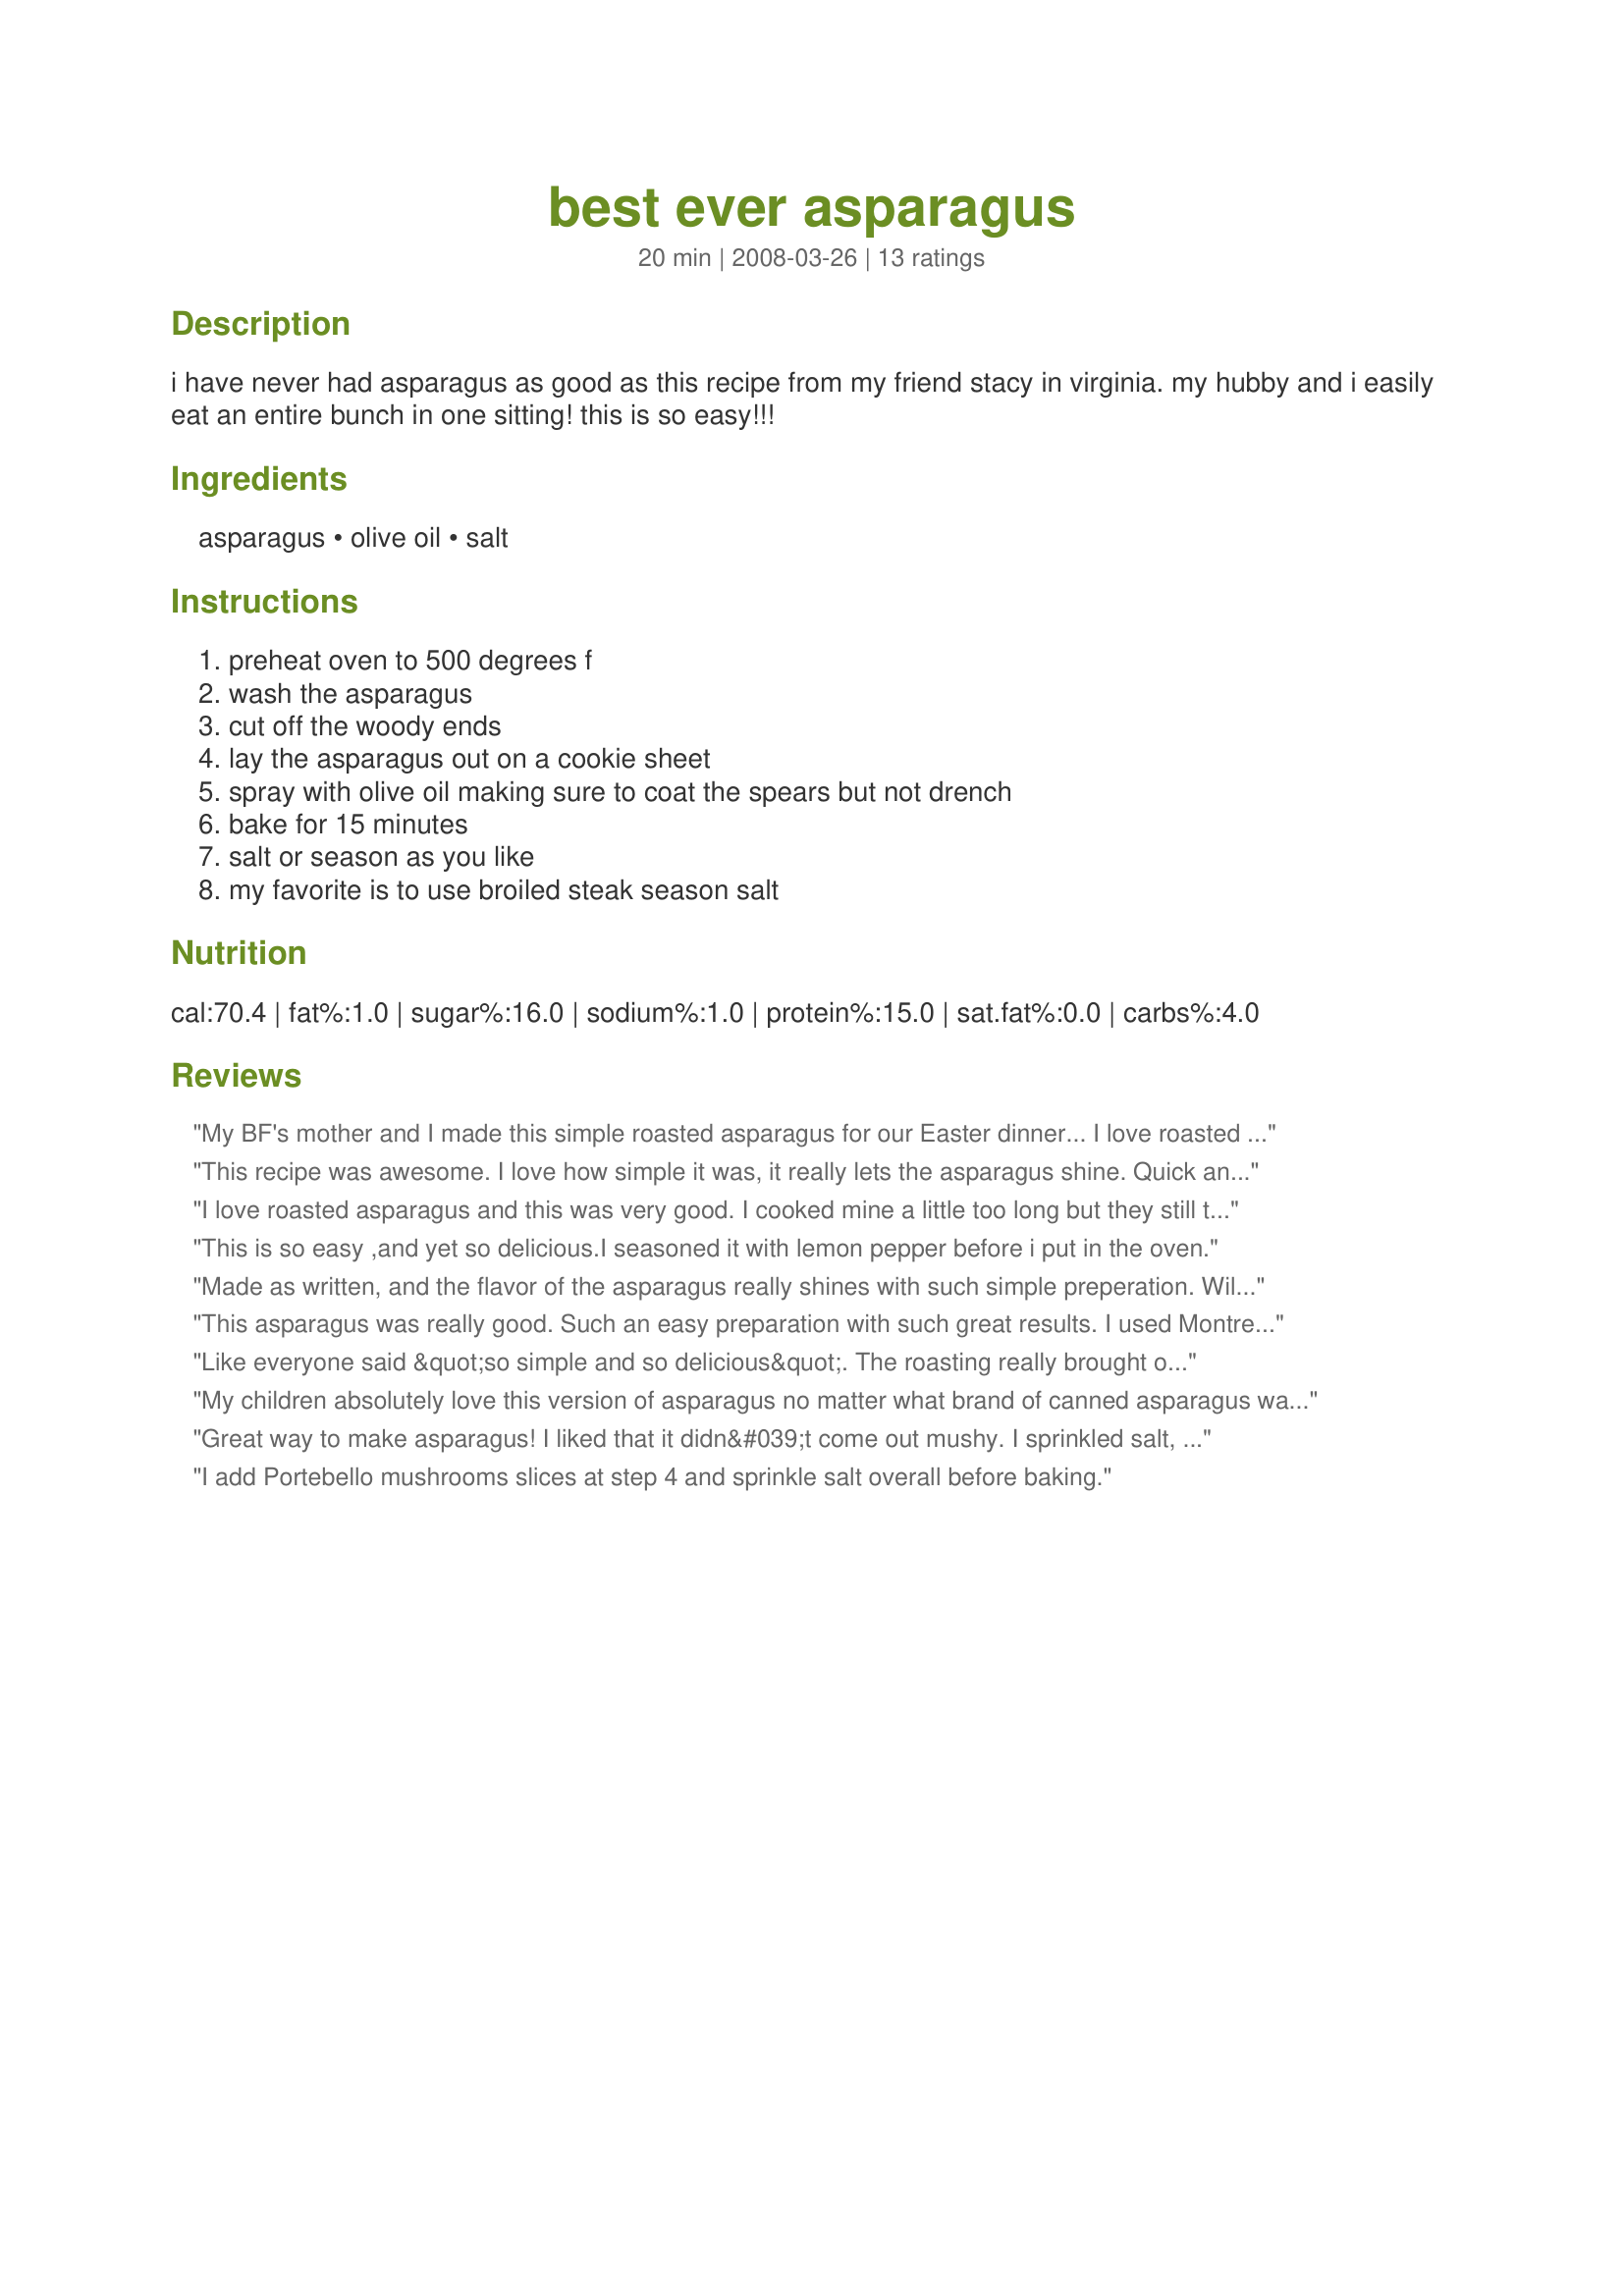
best ever asparagus
Preparation time: 20 minutes

i have never had asparagus as good as this recipe from my friend stacy in virginia. my hubby and i easily eat an entire bunch in one sitting! this is so easy!!!

Ingredients:
asparagus, olive oil, salt

Steps:
preheat oven to 500 degrees f, wash the asparagus, cut off the woody ends, lay the asparagus out on a cookie sheet, spray with olive oil making sure to coat the spears but not drench, bake for 15 minutes, salt or season as you like, my favorite is to use broiled steak season salt

Reviews:
My BF's mother and I made this simple roasted asparagus for our Easter dinner... I love roasted green beans and now I love asparagus... No more steaming for us!!! This way of preparing them really gives them so much more flavor... This really is the best ever roasted asparagus we have ever had!!! Thanks for sharing!!!
This recipe was awesome. I love how simple it was, it really lets the asparagus shine. Quick and really easy to make, delicious with a great nutty flavor and soft texture. I will be making this often, thank you for sharing. Made for Pac Spring Safar 2013.
I love roasted asparagus and this was very good. I cooked mine a little too long but they still tasted good. Thanks for sharing. Made for Best of 2013 Tag.
This is so easy ,and yet so delicious.I seasoned it with lemon pepper before i put in the oven.
Made as written, and the flavor of the asparagus really shines with such simple preperation. Will be making this again. Made for Spring 2013 PAC.
This asparagus was really good. Such an easy preparation with such great results. I used Montreal Steak Seasoning by McCormick to season the asparagus and I think there are endless possibilities for seasoning this dish. Thanks for a great and easy recipe!
Like everyone said &quot;so simple and so delicious&quot;. The roasting really brought out the flavor and everyone gobbled it down. No extra for me today...darn. Definately going to go in my Favorites of 2013 and will be made again. Thank you for posting. Made for Spring PAC 2013.
My children absolutely love this version of asparagus no matter what brand of canned asparagus was nothing but mush
Great way to make asparagus! I liked that it didn&#039;t come out mushy. I sprinkled salt, pepper and Parmesan cheese on it and ate way too many! Made for Best of 2013 Tag.
I add Portebello mushrooms slices at step 4 and sprinkle salt overall before baking.
This is the only way I make asparagus anymore. I like to grind a little fresh pepper over it and sprinkle it with Parmesan cheese before baking. My family won't eat it any other way now!
Awesome! Love technique and showcases asparagus! Thank you for sharing.
Very good, I think I used too much olive oil though, so it probably would have been better! I'll have to try it again later! Thanks for the recipe!
